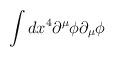
LaTeX: \begin{align*}\int dx^4 \partial^\mu \phi \partial_\mu \phi\end{align*}